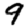
Digit: 9